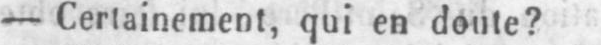
- Certainement, qui en doute?